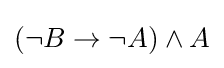
(\neg B\to \neg A)\land A